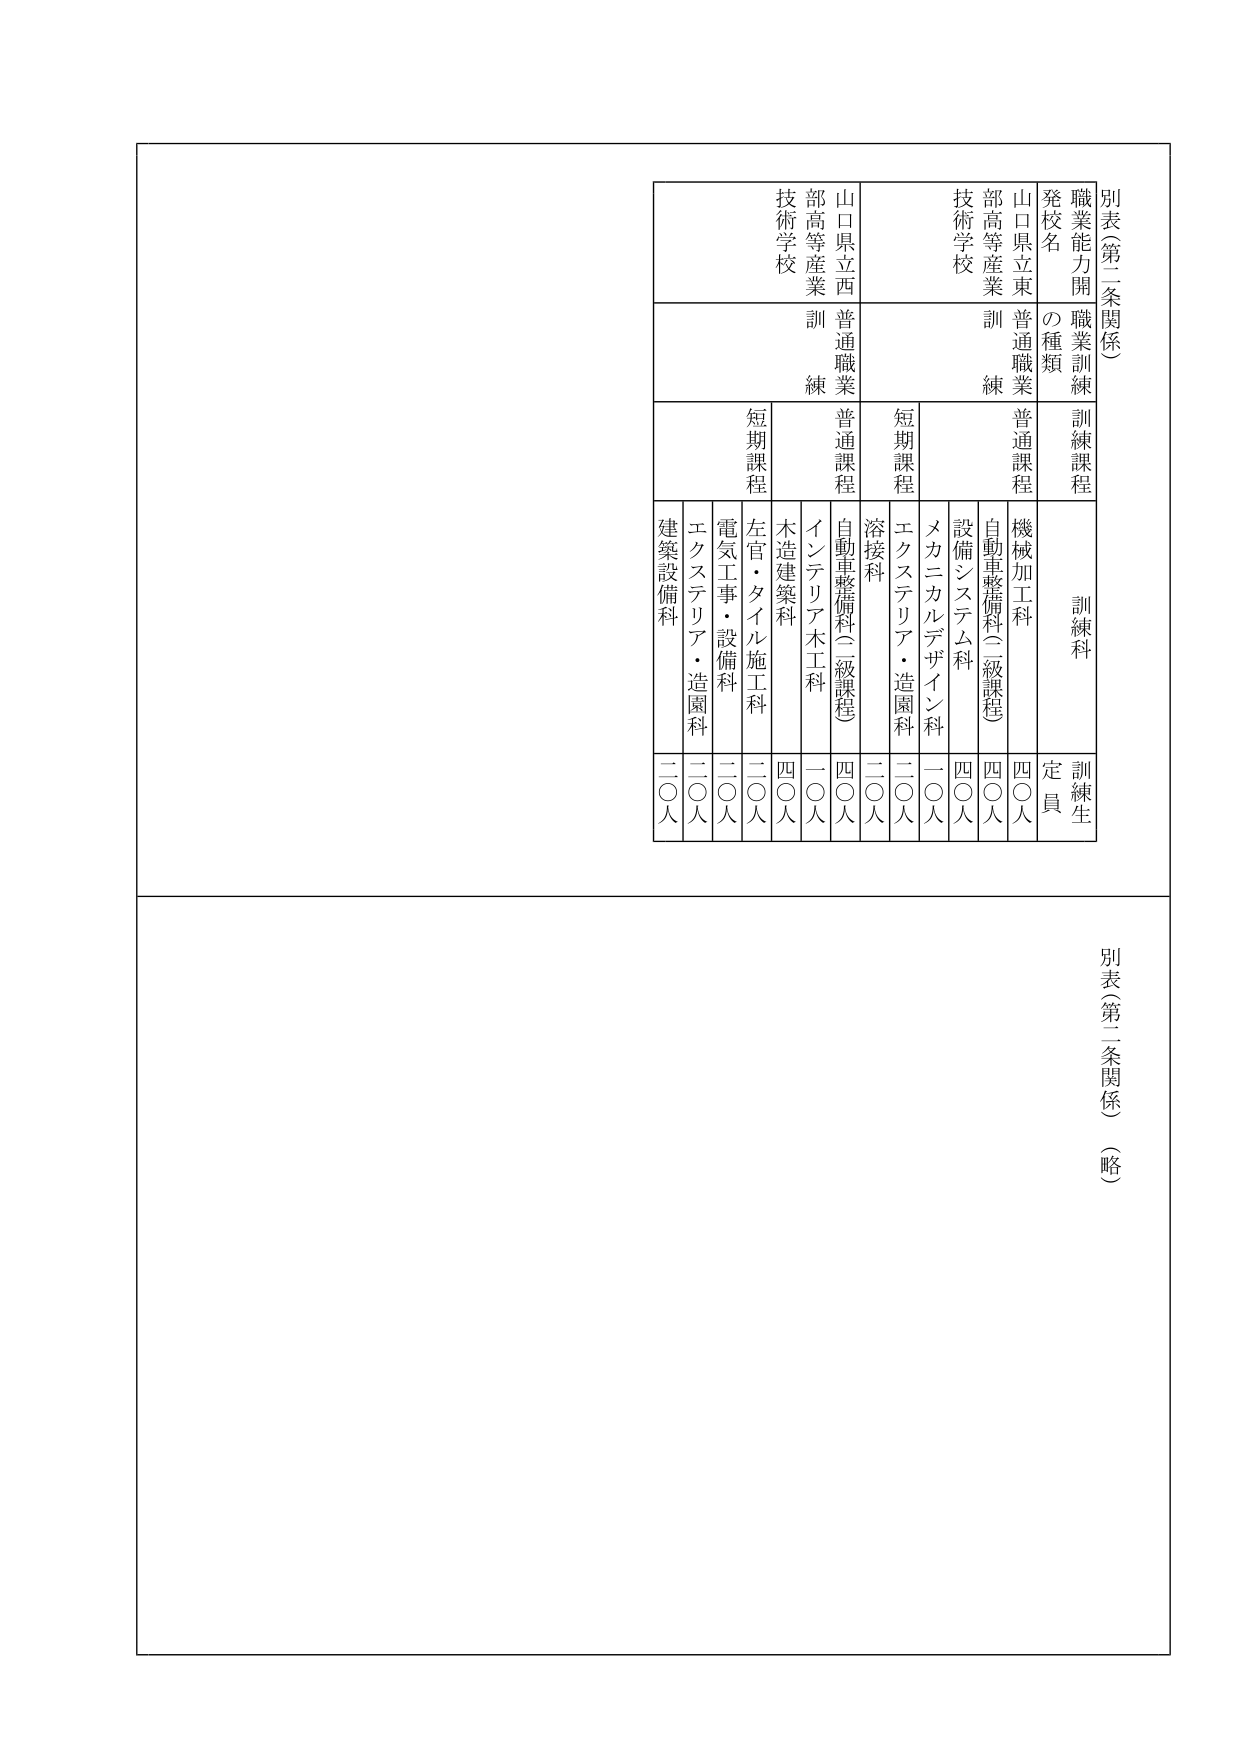
別表（第二条関係）

職業能力開発校名　職業訓練の種類　訓練課程　訓練科　訓練生定員

山口県立東部高等産業技術学校　普通職業訓練　普通課程　機械加工科　四〇人
　　　　　　　　　　　　　　　　　　　　　　　　　　　自動車整備科（二級課程）　四〇人
　　　　　　　　　　　　　　　　　　　　　　　　　　　設備システム科　四〇人
　　　　　　　　　　　　　　　　　　　　　　　　　　　メカニカルデザイン科　一〇人
　　　　　　　　　　　　　　　　　　　　　　　　　　　エクステリア・造園科　二〇人
　　　　　　　　　　　　　　　　　　　　　　　　　　　溶接科　二〇人

山口県立西部高等産業技術学校　普通職業訓練　普通課程　自動車整備科（二級課程）　四〇人
　　　　　　　　　　　　　　　　　　　　　　　　　　　インテリア木工科　一〇人
　　　　　　　　　　　　　　　　　　　　　　　　　　　木造建築科　四〇人
　　　　　　　　　　　　　　　　　　　　　　　　　　　左官・タイル施工科　二〇人
　　　　　　　　　　　　　　　　　　　　　　　　　　　電気工事・設備科　二〇人
　　　　　　　　　　　　　　　　　　　　　　　　　　　エクステリア・造園科　二〇人
　　　　　　　　　　　　　　　　　　　　　　　　　　　建築設備科　二〇人

短期課程

別表（第二条関係）（略）